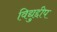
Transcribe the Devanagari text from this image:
विद्युद्दीप